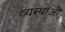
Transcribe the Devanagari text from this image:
व्यस्थाओं